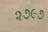
૨૭૯૭